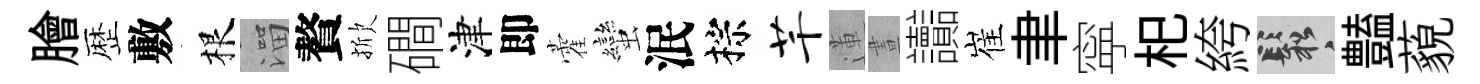
膾歴敷根溜贅掀磵津即藿蠻泯棕芊蓮晝讟崔聿寜𣏌絝鬆𧰟藐